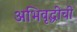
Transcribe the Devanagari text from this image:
अभिवृद्धीची